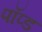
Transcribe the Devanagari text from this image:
पॉप्ड